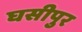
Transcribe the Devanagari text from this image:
घसीपुर